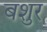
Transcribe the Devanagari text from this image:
बशुर